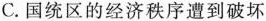
C.国统区的经济秩序遭到破坏